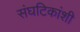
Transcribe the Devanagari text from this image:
संघटिकांशी